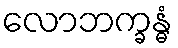
လောဘက္ခန္ဓံ